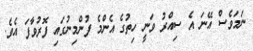
ނަމަވެސް އޭނަ އެ ސިއްރު ވަނީ ހިތުގެ އެންމެ ފުންމިނުގައި ފޮރުވާފަ އެވެ.